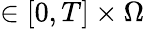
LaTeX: \in[0,T]\times\Omega